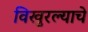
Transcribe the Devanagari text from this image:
विखुरल्याचे